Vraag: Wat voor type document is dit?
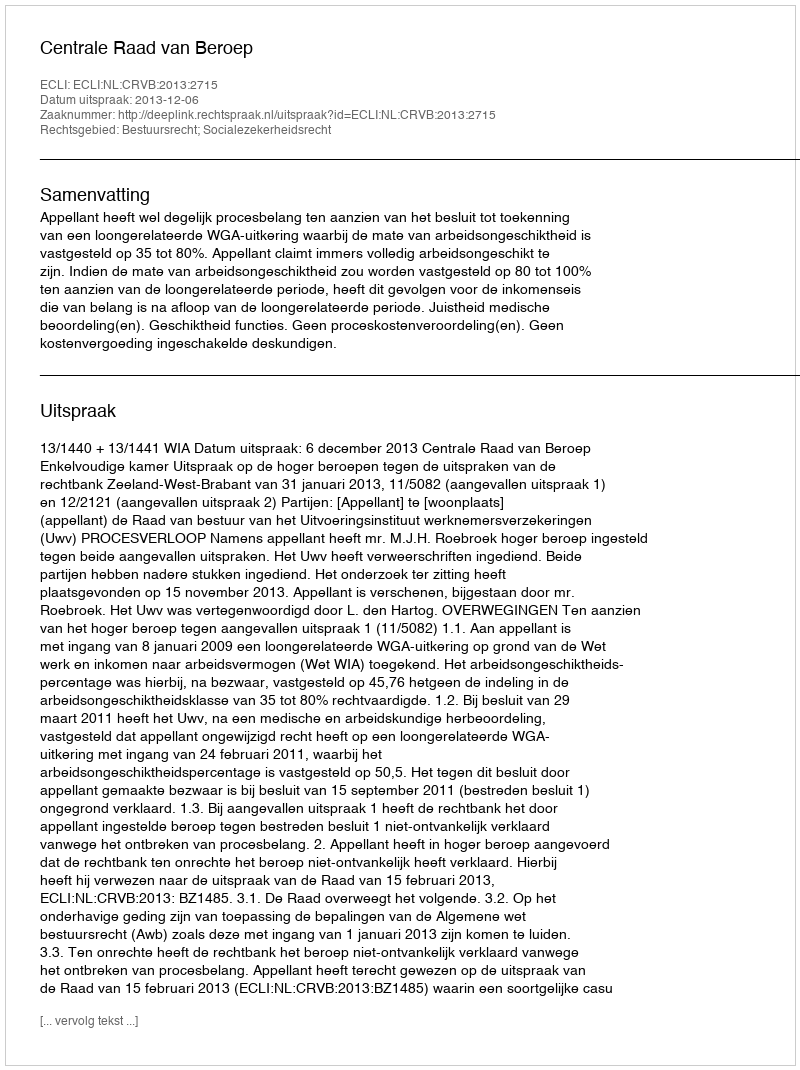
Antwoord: Uitspraak